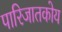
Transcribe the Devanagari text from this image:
पारिजातकोय